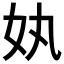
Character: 𡚺